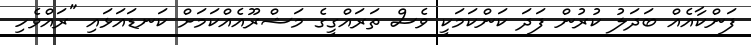
ފަންކާއެއް ބަދަލު ކުރުން ފަދަ ކަންކަމަކީ ވެސް ތަރައްގީގެ މަޝްރޫއެއްކަމަށް ކަނޑައަޅައި "ރައްވެހި